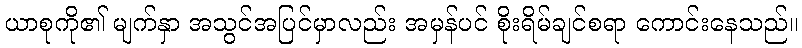
ယာစုကို၏ မျက်နှာ အသွင်အပြင်မှာလည်း အမှန်ပင် စိုးရိမ်ချင်စရာ ကောင်းနေသည်။